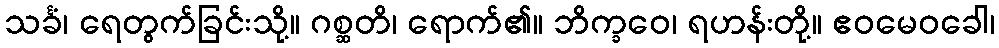
သင်္ခံ၊ ရေတွက်ခြင်းသို့။ ဂစ္ဆတိ၊ ရောက်၏။ ဘိက္ခဝေ၊ ရဟန်းတို့။ ဧဝမေဝခေါ၊